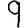
Digit: 9